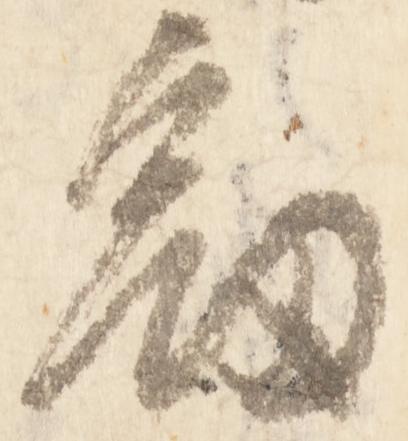
釼